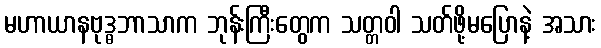
မဟာယာနဗုဒ္ဓဘာသာက ဘုန်းကြီးတွေက သတ္တဝါ သတ်ဖို့မပြောနဲ့ အသား